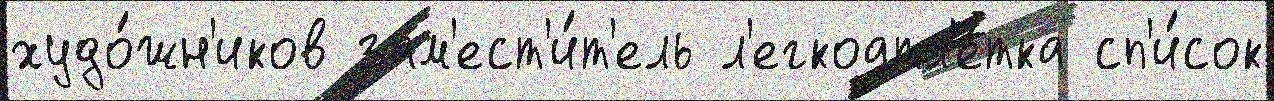
худо́жн'иков зам'ест'и́т'ель л'егкоатл'е́тка сп'и́сок